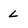
Character: L